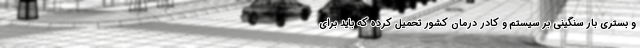
و بستری بار سنگینی بر سیستم و کادر درمان کشور تحمیل کرده که باید برای